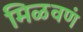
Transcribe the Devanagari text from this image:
मिळवणं